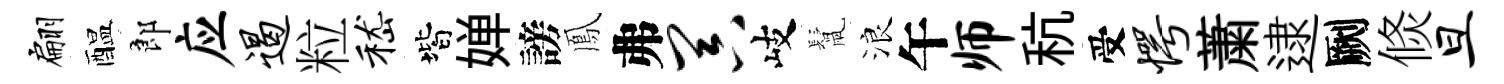
翩醖郎应遏粒嵇階婵謗鳳弗器岐鬛浪午师秔受愕䔥逮劂倐旦